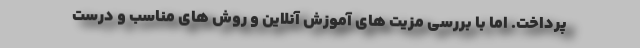
پرداخت. اما با بررسی مزیت های آموزش آنلاین و روش های مناسب و درست